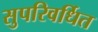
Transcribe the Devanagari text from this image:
सुपरिवर्धित